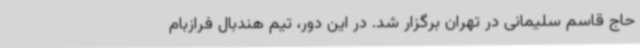
حاج قاسم سلیمانی در تهران برگزار شد. در این دور، تیم هندبال فرازبام